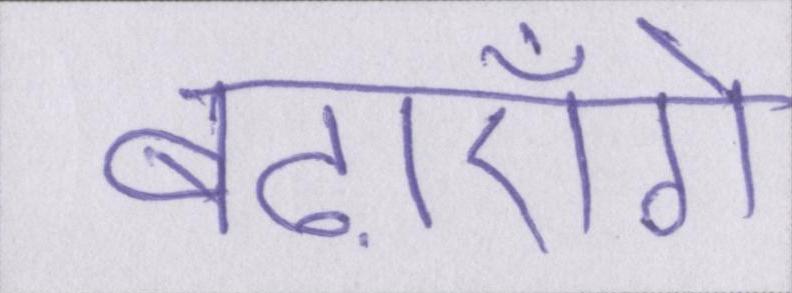
बढ़ाएँगे